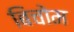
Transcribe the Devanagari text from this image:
बिचोम